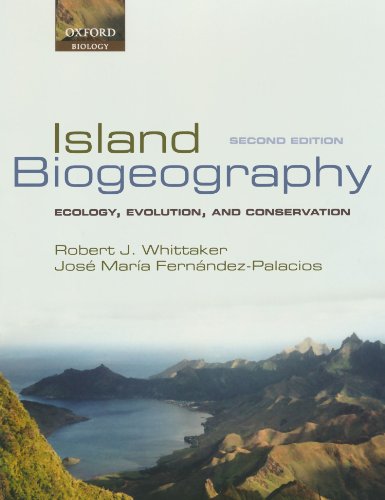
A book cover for Island Biogeography: Ecology, Evolution, and Conservation; Robert J. Whittaker; Science & Math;